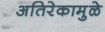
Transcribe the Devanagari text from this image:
अतिरेकामुळे